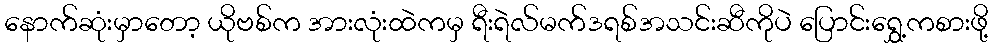
နောက်ဆုံးမှာတော့ ယိုဗစ်က အားလုံးထဲကမှ ရီးရဲလ်မက်ဒရစ်အသင်းဆီကိုပဲ ပြောင်းရွှေ့ကစားဖို့